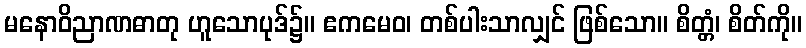
မနောဝိညာဏဓာတု ဟူသောပုဒ်၌။ ဧကမေဝ၊ တစ်ပါးသာလျှင် ဖြစ်သော။ စိတ္တံ၊ စိတ်ကို။